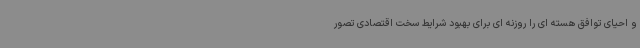
و احیای توافق هسته ای را روزنه ای برای بهبود شرایط سخت اقتصادی تصور